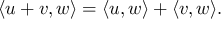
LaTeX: \langle u + v , w \rangle = \langle u , w \rangle + \langle v , w \rangle .